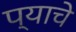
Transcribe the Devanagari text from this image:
प्याचे